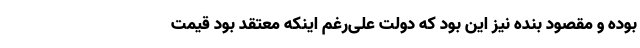
بوده و مقصود بنده نیز این بود که دولت علی‌رغم اینکه معتقد بود قیمت